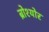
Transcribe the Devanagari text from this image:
ब्रोश्योर